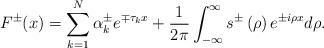
LaTeX: \begin{align*}F^{\pm}(x)=\sum_{k=1}^{N}\alpha_{k}^{\pm}e^{\mp\tau_{k}x}+\frac{1}{2\pi}\int_{-\infty}^{\infty}s^{\pm}\left( \rho\right) e^{\pm i\rho x}d\rho.\end{align*}